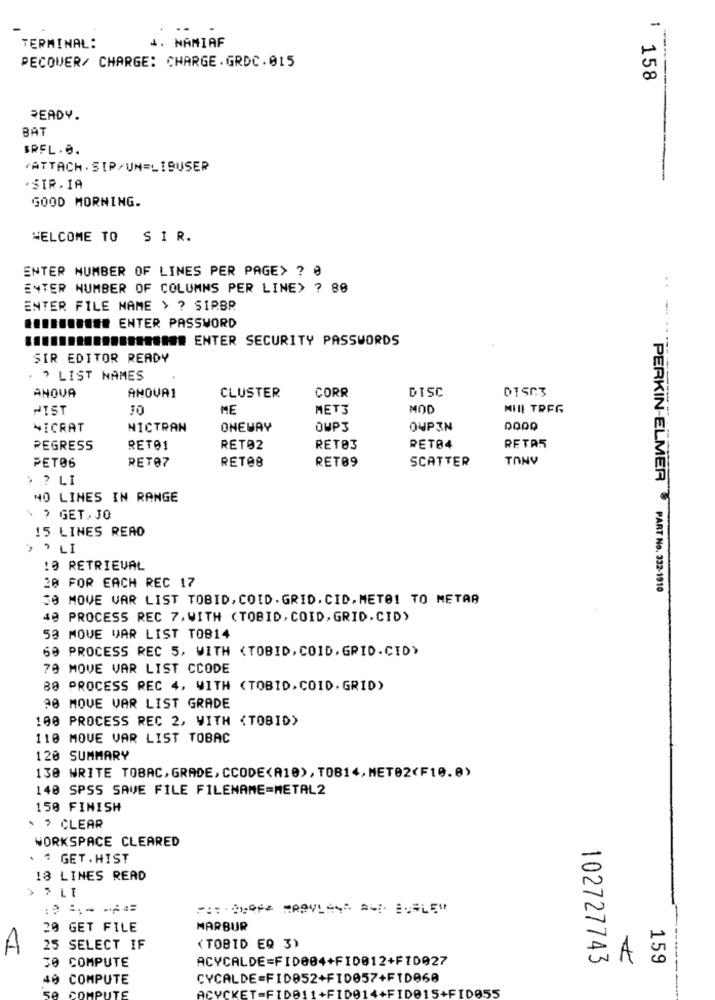
-
4. NAMIAF
TERMINAL:
PECOWER/ CHARGE: CHARGE.GRDC.015
158
READY.
BAT
BREL. ..
*ATTACH. SIP/UN=LIBUSER
.SIR. IA
GOOD MORNING.
WELCOME TO
SIR.
ENTER NUMBER OF LINES PER PAGE> ? @
ENTER NUMBER OF COLUMNS PER LINE> ? 80
ENTER FILE NAME > ? SIPBP
BONBONN ENTER PASSWORD
...... ############# ENTER SECURITY PASSWORDS
SIR EDITOR READY
. > LIST NAMES
ANOVA1
DISC
DISC3
ANOVA
CLUSTER
CORR
HIST
JO
ME
MET3
MOD
MIIL TREG
NICRAT
NICTRAN
ONEWAY
OWP3
OUPIN
REGRESS
RET01
RET02
RETOS
RET84
RETAR
RET07
RET08
RET89
SCATTER
TONY
PET06
> ? LI
NO LINES IN RANGE
. ? GET, JO
15 LINES READ
› › LI
10 RETRIEVAL
20 FOR EACH REC 17
PERKIN-ELMER PART No. 332-1910
50 MOVE VAR LIST TOBID, COID. GRID. CID. METO! TO METAR
40 PROCESS REC 7, WITH (TOBID, COID, GRID. CID)
53 MOVE VAR LIST TOB14
69 PROCESS REC 5, WITH <TOBID, COID, GRID.CID)
70 MOVE VAR LIST CCODE
80 PROCESS REC 4, WITH (TOBID, COID. GRID)
90 MOVE VAR LIST GRADE
100 PROCESS REC 2, WITH <TOBID)
110 MOVE VAR LIST TOBAC
120 SUMMARY
130 WRITE TOBAC,GRADE,CCODE<A10),TOB14,MET02<F10.0)
140 SPSS SAVE FILE FILENAME=METAL2
150 FINISH
> > CLEAR
WORKSPACE CLEARED
. . GET. HIST
18 LINES READ
› › LE
20 GET FILE
MARBUR
A
25 SELECT IF
(TOBID EQ 3)
ACYCALDE=FID004+FI0012+FID027
102727743
A
159
30 COMPUTE
40
COMPUTE
CYCALDE=FID052+FID057+FID060
Acyc
=FID011+FID01
FID015+FID055